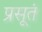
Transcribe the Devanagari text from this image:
प्रसूतं